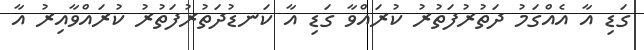
ގަޑި އާ އެއްގަމު ދަތުރުފަތުރު ކުރައްވާ ގަޑި އާ ކަނޑުދަތުރުފަތުރު ކުރައްވާއިރު އާ